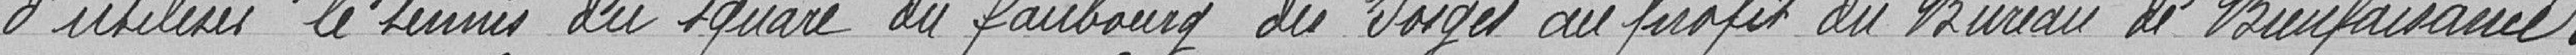
d'utiliser le tennis du square du faubourg des Vosges au profit du Bureau de Bienfaisance